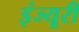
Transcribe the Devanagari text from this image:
इंज्यूरी